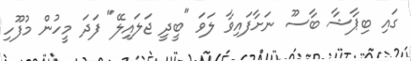
ގައި ބިޕާޝާ ބާސޫ ނަށާފައިވާ ލަވަ "ބީދީ ޖަލައިލޭ" ފަދަ މީހުން މުފޫހި